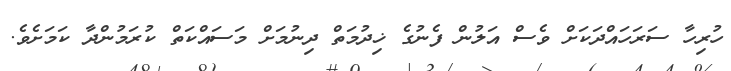
ހުރިހާ ސަރަހައްދަކަށް ވެސް އަލުން ފެނުގެ ޚިދުމަތް ދިނުމަށް މަސައްކަތް ކުރަމުންދާ ކަމަށެވެ.